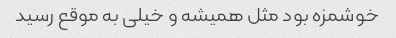
خوشمزه بود مثل همیشه و خیلی به موقع رسید